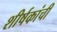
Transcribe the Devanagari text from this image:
शीर्षकांची